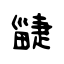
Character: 疀